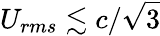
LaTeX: U_{rms}\lesssim c/\sqrt{3}